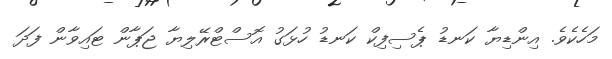
މަހެކެވެ. އިންޑިޔާ ކަނޑު ޕެސިފިކް ކަނޑު ހުޅަގު އޮސްޓްރޭލިޔާ ޖަޕާން ޓައިވާން ފަދަ